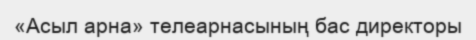
«Асыл арна» телеарнасының бас директоры